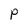
Character: P